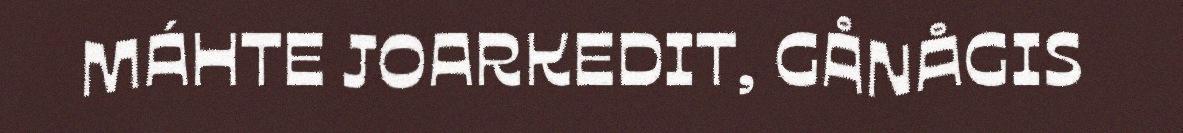
MÁHTE JOARKEDIT, GÅNÅGIS